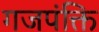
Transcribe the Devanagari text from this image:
गजपंक्ति